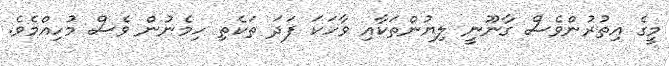
މީގެ އިތުރުންވެސް ގާނޫނީ ލިޔުންތަކާއި ވާހަކަ ފަދަ ތަކެތި ހިމެނުން ވެސް މުހިއްމެވެ.